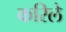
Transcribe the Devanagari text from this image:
करिले